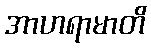
အာဟရာမာတိ